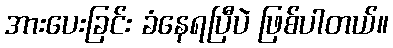
အားပေးခြင်း ခံနေရပြီပဲ ဖြစ်ပါတယ်။